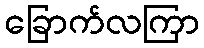
ခြောက်လကြာ